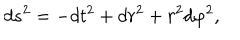
d s ^ { 2 } = - d t ^ { 2 } + d r ^ { 2 } + r ^ { 2 } d \varphi ^ { 2 } ,